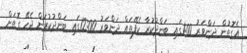
އެގޮތުން ދަންވަރު 1:00ގައި ބަންދުކުރާ ކެފޭތައް ދަންވަރު 12:00ގައި ބަންދުކުރަން ޖެހޭ ގޮތަށް